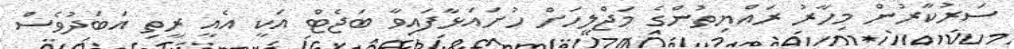
ސަރުކާރުން މިހާރު ރައްޔިތުންގެ މަޖްލީހަށް ހުށައަޅާފައިވާ ބަޖެޓް އަކީ އެއީ ރީތި އަބަދުވެސް